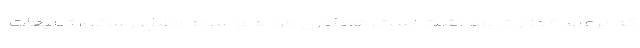
که برعهده وزارت بهداشت است، همکاری مردم و سوم اطلاع رسانی، تبلیغات